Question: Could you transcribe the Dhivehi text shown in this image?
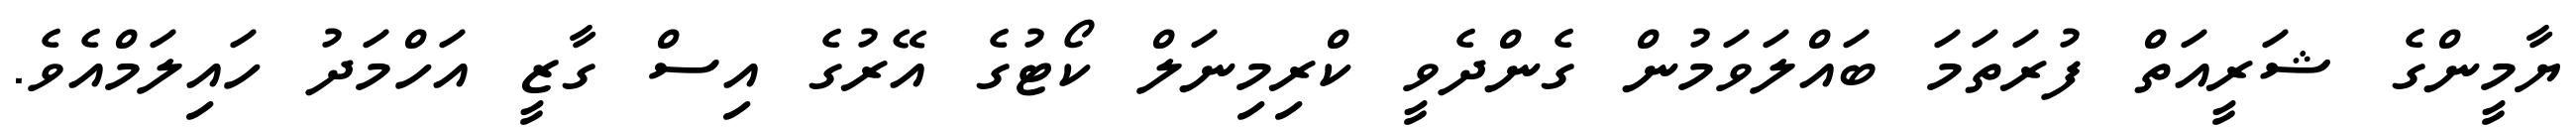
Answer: ޔާމީންގެ ޝަރީއަތް ފުރަތަމަ ބައްލަވަމުން ގެންދެވީ ކްރިމިނަލް ކޯޓުގެ އޭރުގެ އިސް ގާޒީ އަހްމަދު ހައިލަމްއެވެ.